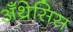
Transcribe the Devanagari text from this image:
अँथ्रेसिस